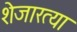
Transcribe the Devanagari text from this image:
शेजारत्या